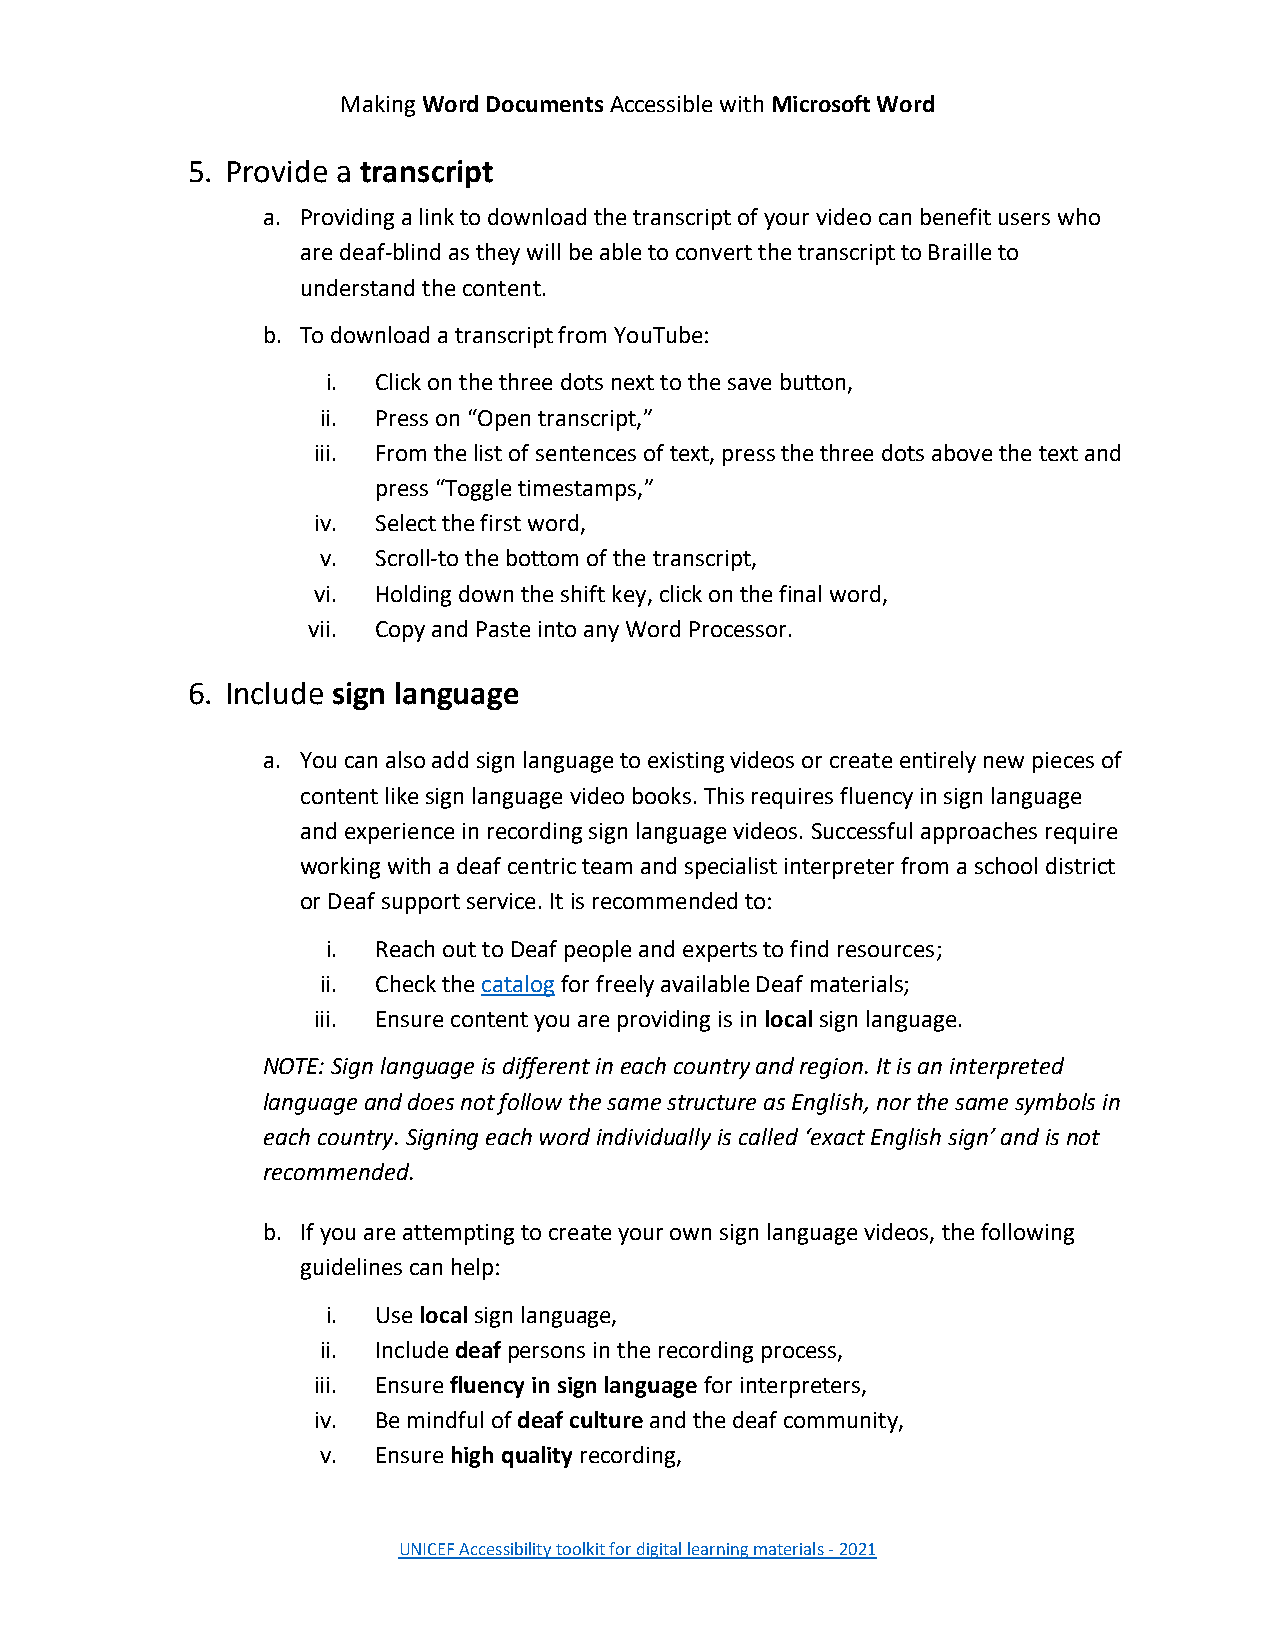
Making Word Documents Accessible with Microsoft Word
 5. Provide a transcript
 a. Providing a link to download the transcript of your video can benefit users who
 are deaf-blind as they will be able to convert the transcript to Braille to
 understand the content.
 b. To download a transcript from YouTube:
 i. Click on the three dots next to the save button,
 ii. Press on “Open transcript,”
 iii. From the list of sentences of text, press the three dots above the text and
 press “Toggle timestamps,”
 iv. Select the first word,
 v.  Scroll-to the bottom of the transcript,
 vi. Holding down the shift key, click on the final word,
 vii. Copy and Paste into any Word Processor.
 6. Include sign language
 a. You can also add sign language to existing videos or create entirely new pieces of
 content like sign language video books. This requires fluency in sign language
 and experience in recording sign language videos. Successful approaches require
 working with a deaf centric team and specialist interpreter from a school district
 or Deaf support service. It is recommended to:
 i. Reach out to Deaf people and experts to find resources;
 ii. Check the catalog for freely available Deaf materials;
 iii. Ensure content you are providing is in local sign language.
 NOTE: Sign language is different in each country and region. It is an interpreted
 language and does not follow the same structure as English, nor the same symbols in
 each country. Signing each word individually is called ‘exact English sign’ and is not
 recommended.
 b. If you are attempting to create your own sign language videos, the following
 guidelines can help:
 i. Use local sign language,
 ii. Include deaf persons in the recording process,
 iii. Ensure fluency in sign language for interpreters,
 iv. Be mindful of deaf culture and the deaf community,
 v.  Ensure high quality recording,
 UNICEF Accessibility toolkit for digital learning materials - 2021